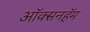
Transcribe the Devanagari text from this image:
ऑक्सनहॅम